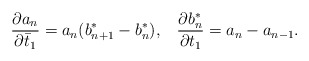
\begin{align*}\frac{\partial a_{n}}{\partial \bar{t}_{1}}=a_{n}(b_{n+1}^{*}-b_{n}^{*}),\;\;\;\frac{\partial b_{n}^{*}}{\partial t_{1}}=a_{n}-a_{n-1}.\end{align*}